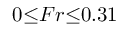
0 { \le } F r { \le } 0 . 3 1